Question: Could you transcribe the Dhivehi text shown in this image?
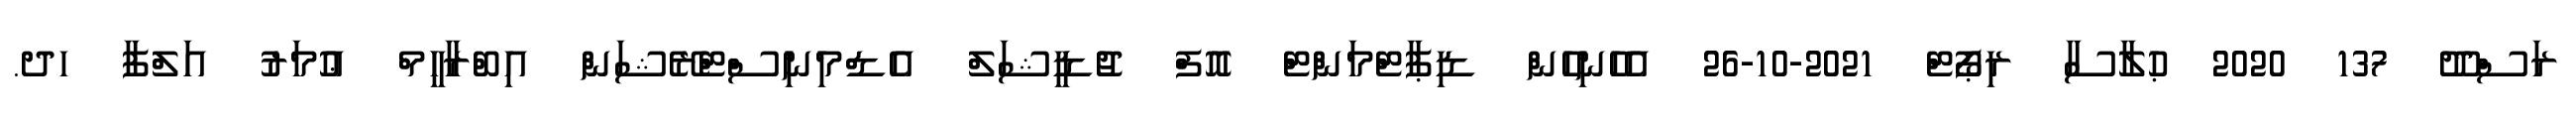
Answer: ރަސްދޫ 137 2020 ޙުލާސާ ރިޕޯޓް 2021-10-26 އެހެނިހެން ޑިޕާޓްމަންޓް އޮފް ޖުޑީޝަލް އެޑްމިނިސްޓްރޭޝަން އިބްރާހީމް ޢުމަރު އަލްފާ ހދ.